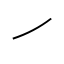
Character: ㇀